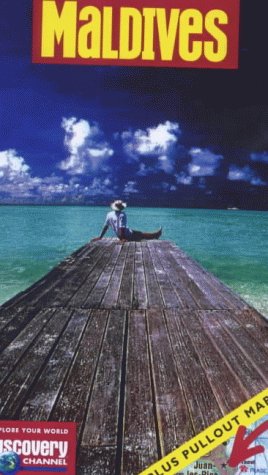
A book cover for Maldives Insight Pocket Guide; Travel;